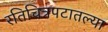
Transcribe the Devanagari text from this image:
रतिचित्रपटातल्या